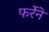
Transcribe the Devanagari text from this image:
फर्रेने